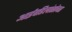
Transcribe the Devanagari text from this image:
आईवडिलांसोबत